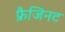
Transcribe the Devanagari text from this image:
फ्रैजिनट